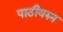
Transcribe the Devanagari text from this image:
पाठीवरुन